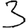
Digit: 3